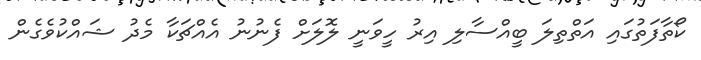
ކޯތާފަތުގައި އަތްތިލަ ބީއްސާލި އިރު ހީވަނީ ލޮލަށް ފެނުނު އެއްޗަކާ މެދު ޝައްކުވެގެން